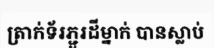
ត្រាក់ទ័រភ្ជួរដីម្នាក់ បានស្លាប់